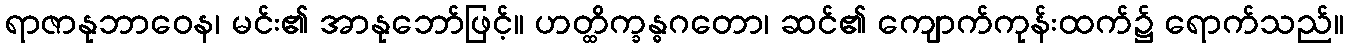
ရာဇာနုဘာဝေန၊ မင်း၏ အာနုဘော်ဖြင့်။ ဟတ္ထိက္ခန္ဓဂတော၊ ဆင်၏ ကျောက်ကုန်းထက်၌ ရောက်သည်။